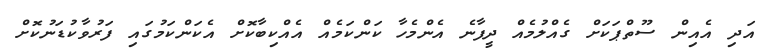
އަދި އެއިން ސޫތްޕަކަށް ގެއްލުމެއް ދީފާނެ އެންމެހާ ކަންކަމެއް އެއްކިބާކޮށް އެކަންކަމުގައި ފަރުވާކުޑަނުކޮށް